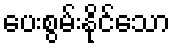
ပေးစွမ်းနိုင်သော